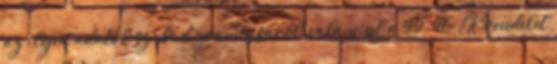
az ilyen adatok szabad áramlásáról, valamint a 95 46 EK rendelet